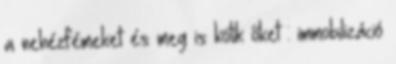
a nehézfémeket és meg is kötik őket : immobilizáció